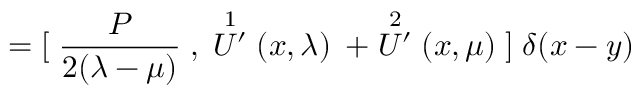
= { [ } \; \frac { P } { 2 ( \lambda - \mu ) } \; , \; \stackrel { 1 } { U ^ { \prime } } ( x , \lambda ) \, \; + \stackrel { 2 } { U ^ { \prime } } ( x , \mu ) \; { ] } \; \delta ( x - y )